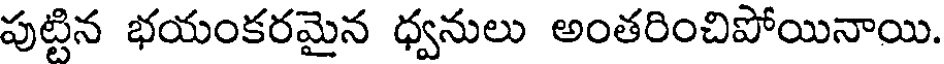
పుట్టిన భయంకరమైన ధ్వనులు అంతరించిపోయినాయి.